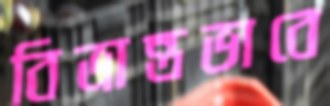
বিভ্রান্তভাবে